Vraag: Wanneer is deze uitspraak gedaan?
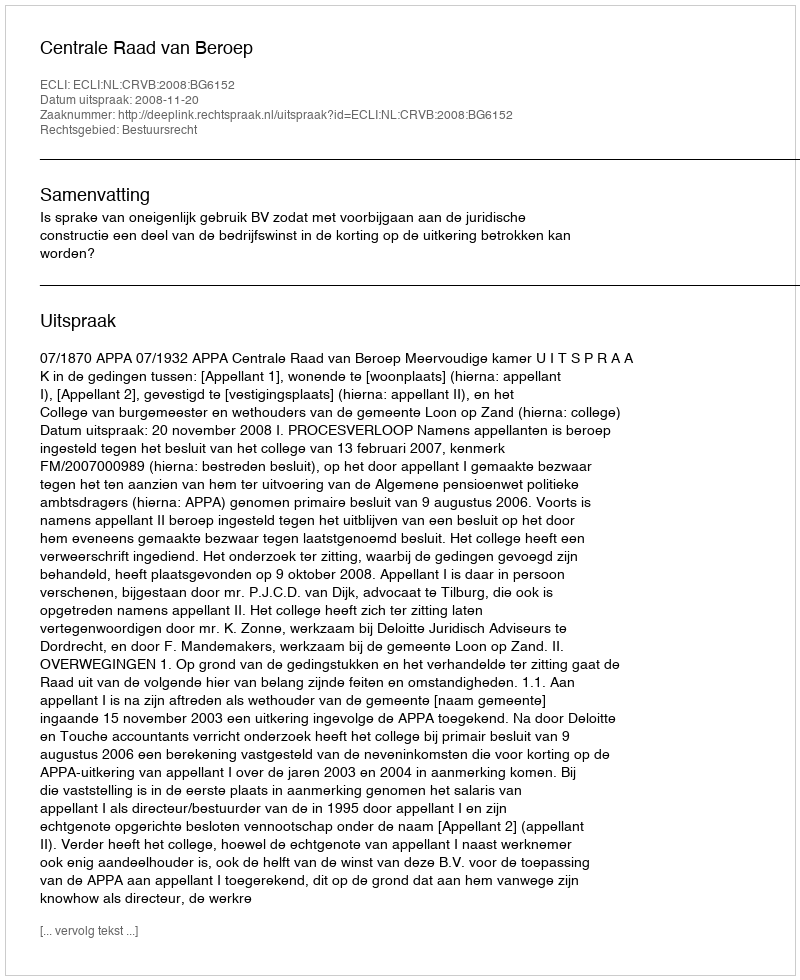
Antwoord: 2008-11-20